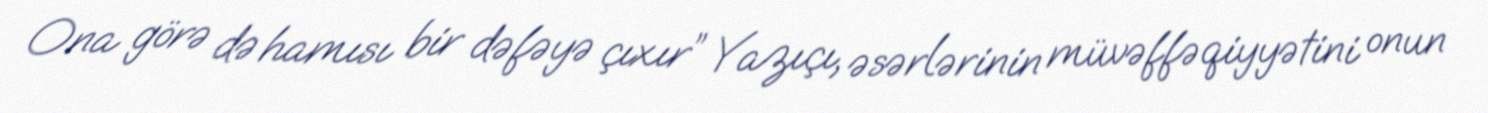
Ona görə də hamısı bir dəfəyə çıxır” Yazıçı, əsərlərinin müvəffəqiyyətini onun